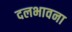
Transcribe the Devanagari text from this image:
दलभावना